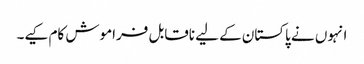
انہوں نے پاکستان کے لیے ناقابل فراموش کام کیے۔